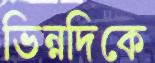
ভিন্নদিকে